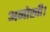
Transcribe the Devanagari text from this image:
अनोखी।